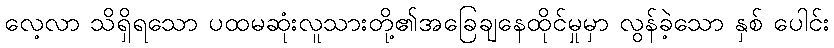
လေ့လာ သိရှိရသော ပထမဆုံးလူသားတို့၏အခြေချနေထိုင်မှုမှာ လွန်ခဲ့သော နှစ် ပေါင်း